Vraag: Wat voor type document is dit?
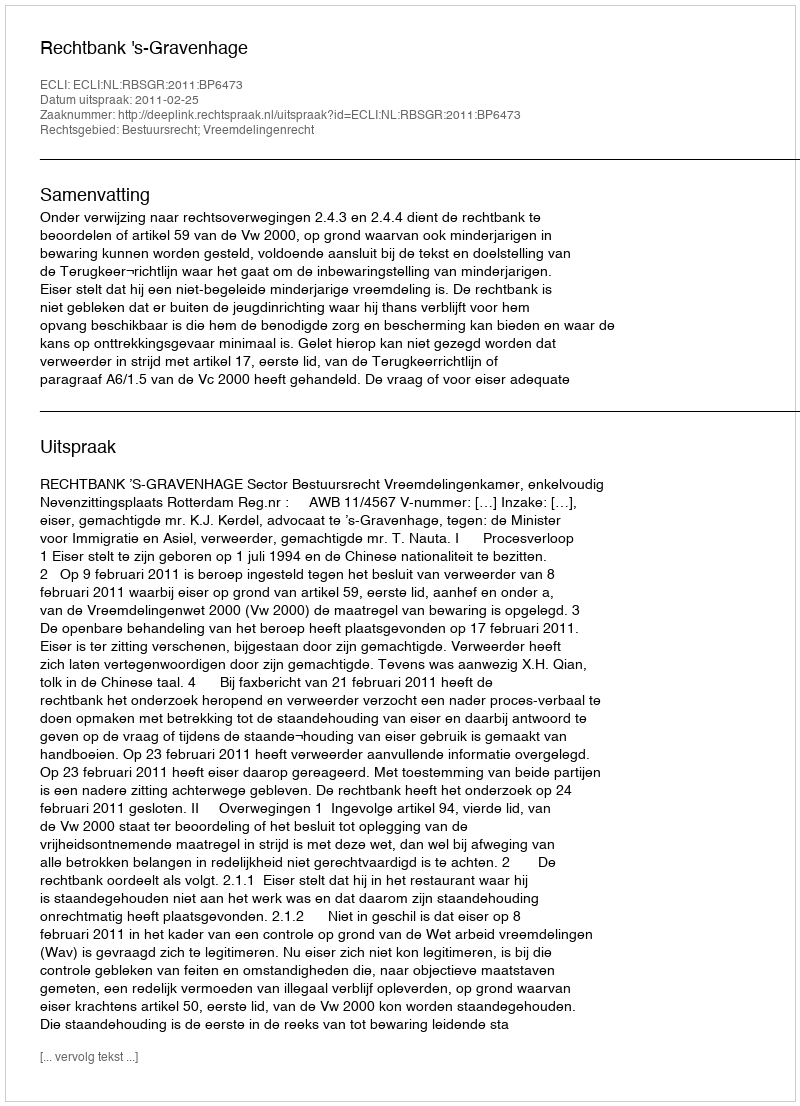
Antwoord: Uitspraak